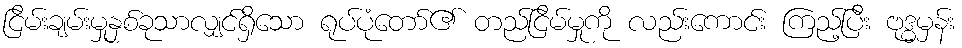
ငြိမ်းချမ်းမှုနှစ်ခုသာလျှင်ရှိသော ရုပ်ပုံတော်၏ တည်ငြိမ်မှုကို လည်းကောင်း ကြည့်ပြီး ဗုဒ္ဓမှန်း